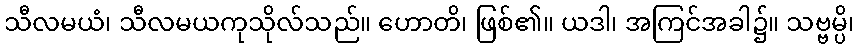
သီလမယံ၊ သီလမယကုသိုလ်သည်။ ဟောတိ၊ ဖြစ်၏။ ယဒါ၊ အကြင်အခါ၌။ သဗ္ဗမ္ပိ၊